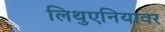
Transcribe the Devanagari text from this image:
लिथुएनियावर